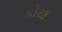
કોયા